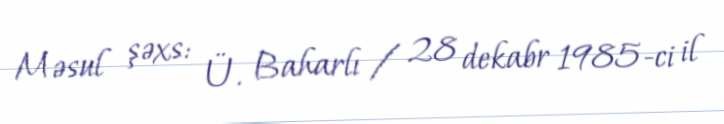
Məsul şəxs: Ü. Baharlı / 28 dekabr 1985-ci il